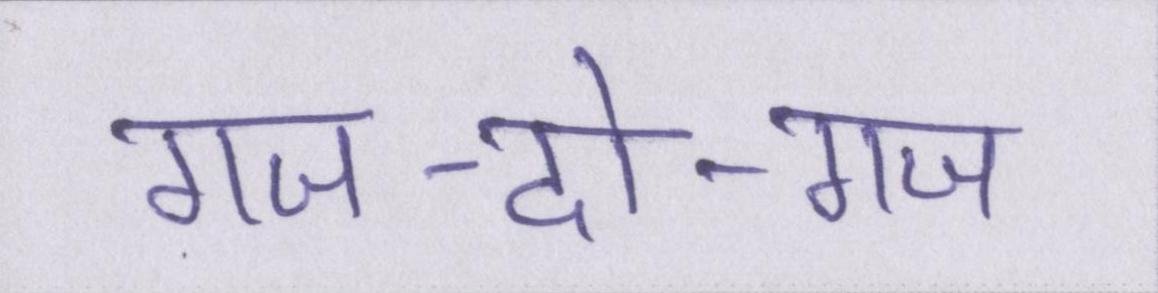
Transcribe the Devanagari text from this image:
गज-दो-गज